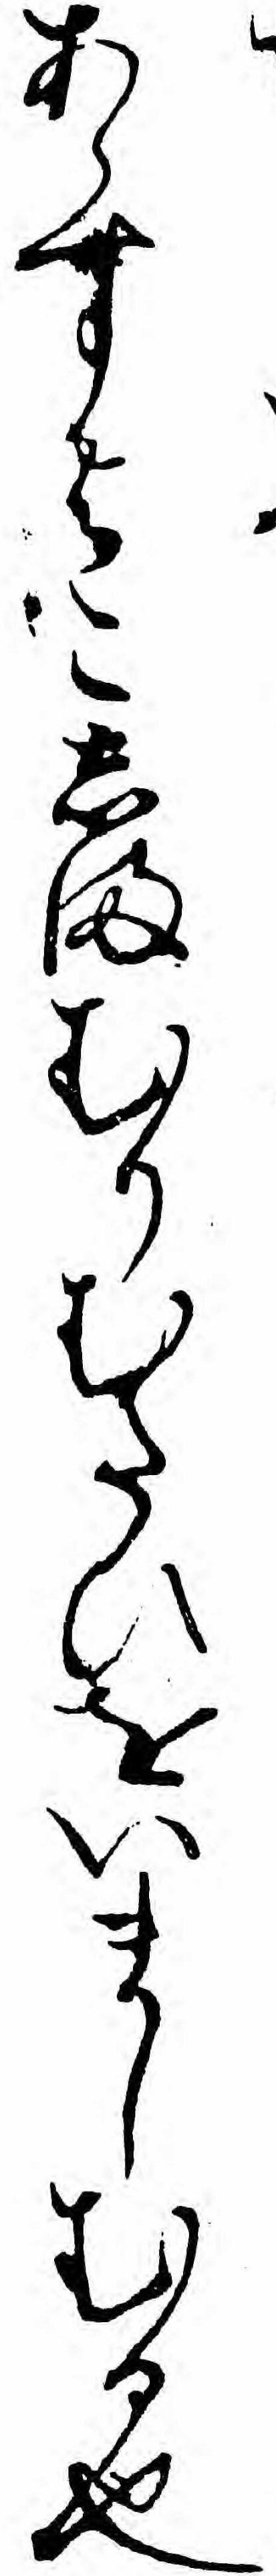
あらすよこしまむりむたひをいましむる也